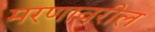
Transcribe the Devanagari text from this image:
मरणावरील